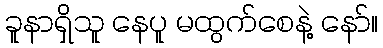
ခူနာရှိသူ နေပူ မထွက်စေနဲ့ နော်။